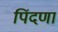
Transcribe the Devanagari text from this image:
पिंदणा